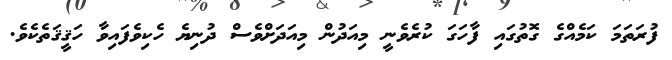
ފުރަތަމަ ކަމެއްގެ ގޮތުގައި ފާހަގަ ކުރެވެނީ މިއަދުން މިއަދަށްވެސް ދުނިޔެ ހެކިވެފައިވާ ހަޤީޤަތެކެވެ.